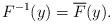
LaTeX: \begin{align*} F^{-1}(y)=\overline{F}(y).\end{align*}